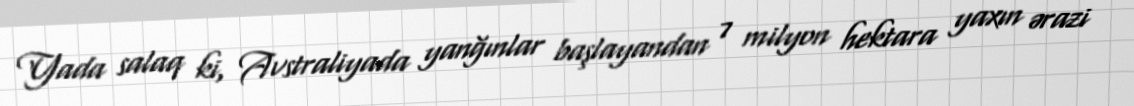
Yada salaq ki, Avstraliyada yanğınlar başlayandan 7 milyon hektara yaxın ərazi